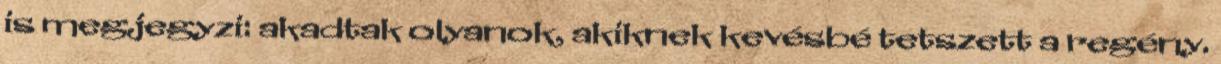
is megjegyzi: akadtak olyanok, akiknek kevésbé tetszett a regény.